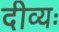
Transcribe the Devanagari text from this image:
दीव्यः